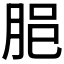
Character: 𦚽